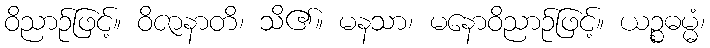
ဝိညာဉ်ဖြင့်။ ဝိဇာနာတိ၊ သိ၏။ မနသာ၊ မနောဝိညာဉ်ဖြင့်။ ယဉ္စဓမ္မံ၊